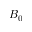
B _ { 0 }